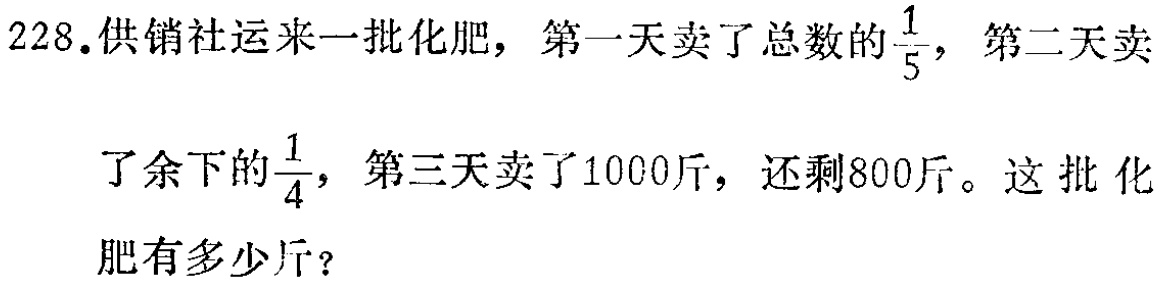
228.供销社运来一批化肥，第一天卖了总数的$\frac{1}{5}$，第二天卖了余下的$\frac{1}{4}$，第三天卖了1000斤，还剩800斤。这批化肥有多少斤？